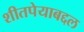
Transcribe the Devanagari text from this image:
शीतपेयाबद्दल